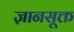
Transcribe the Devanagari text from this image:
ज्ञानसूक्त